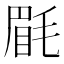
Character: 𣮮